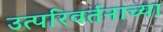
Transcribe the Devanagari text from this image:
उत्परिवर्तनाच्या